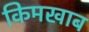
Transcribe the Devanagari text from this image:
किमखाब